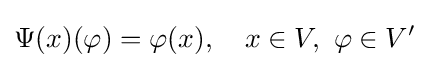
\Psi (x)(\varphi )=\varphi (x),\quad x\in V,\ \varphi \in V'